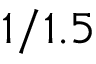
1 / 1 . 5